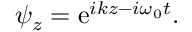
\begin{array} { r } { \psi _ { z } = \mathrm { e } ^ { i k z - i \omega _ { 0 } t } . } \end{array}